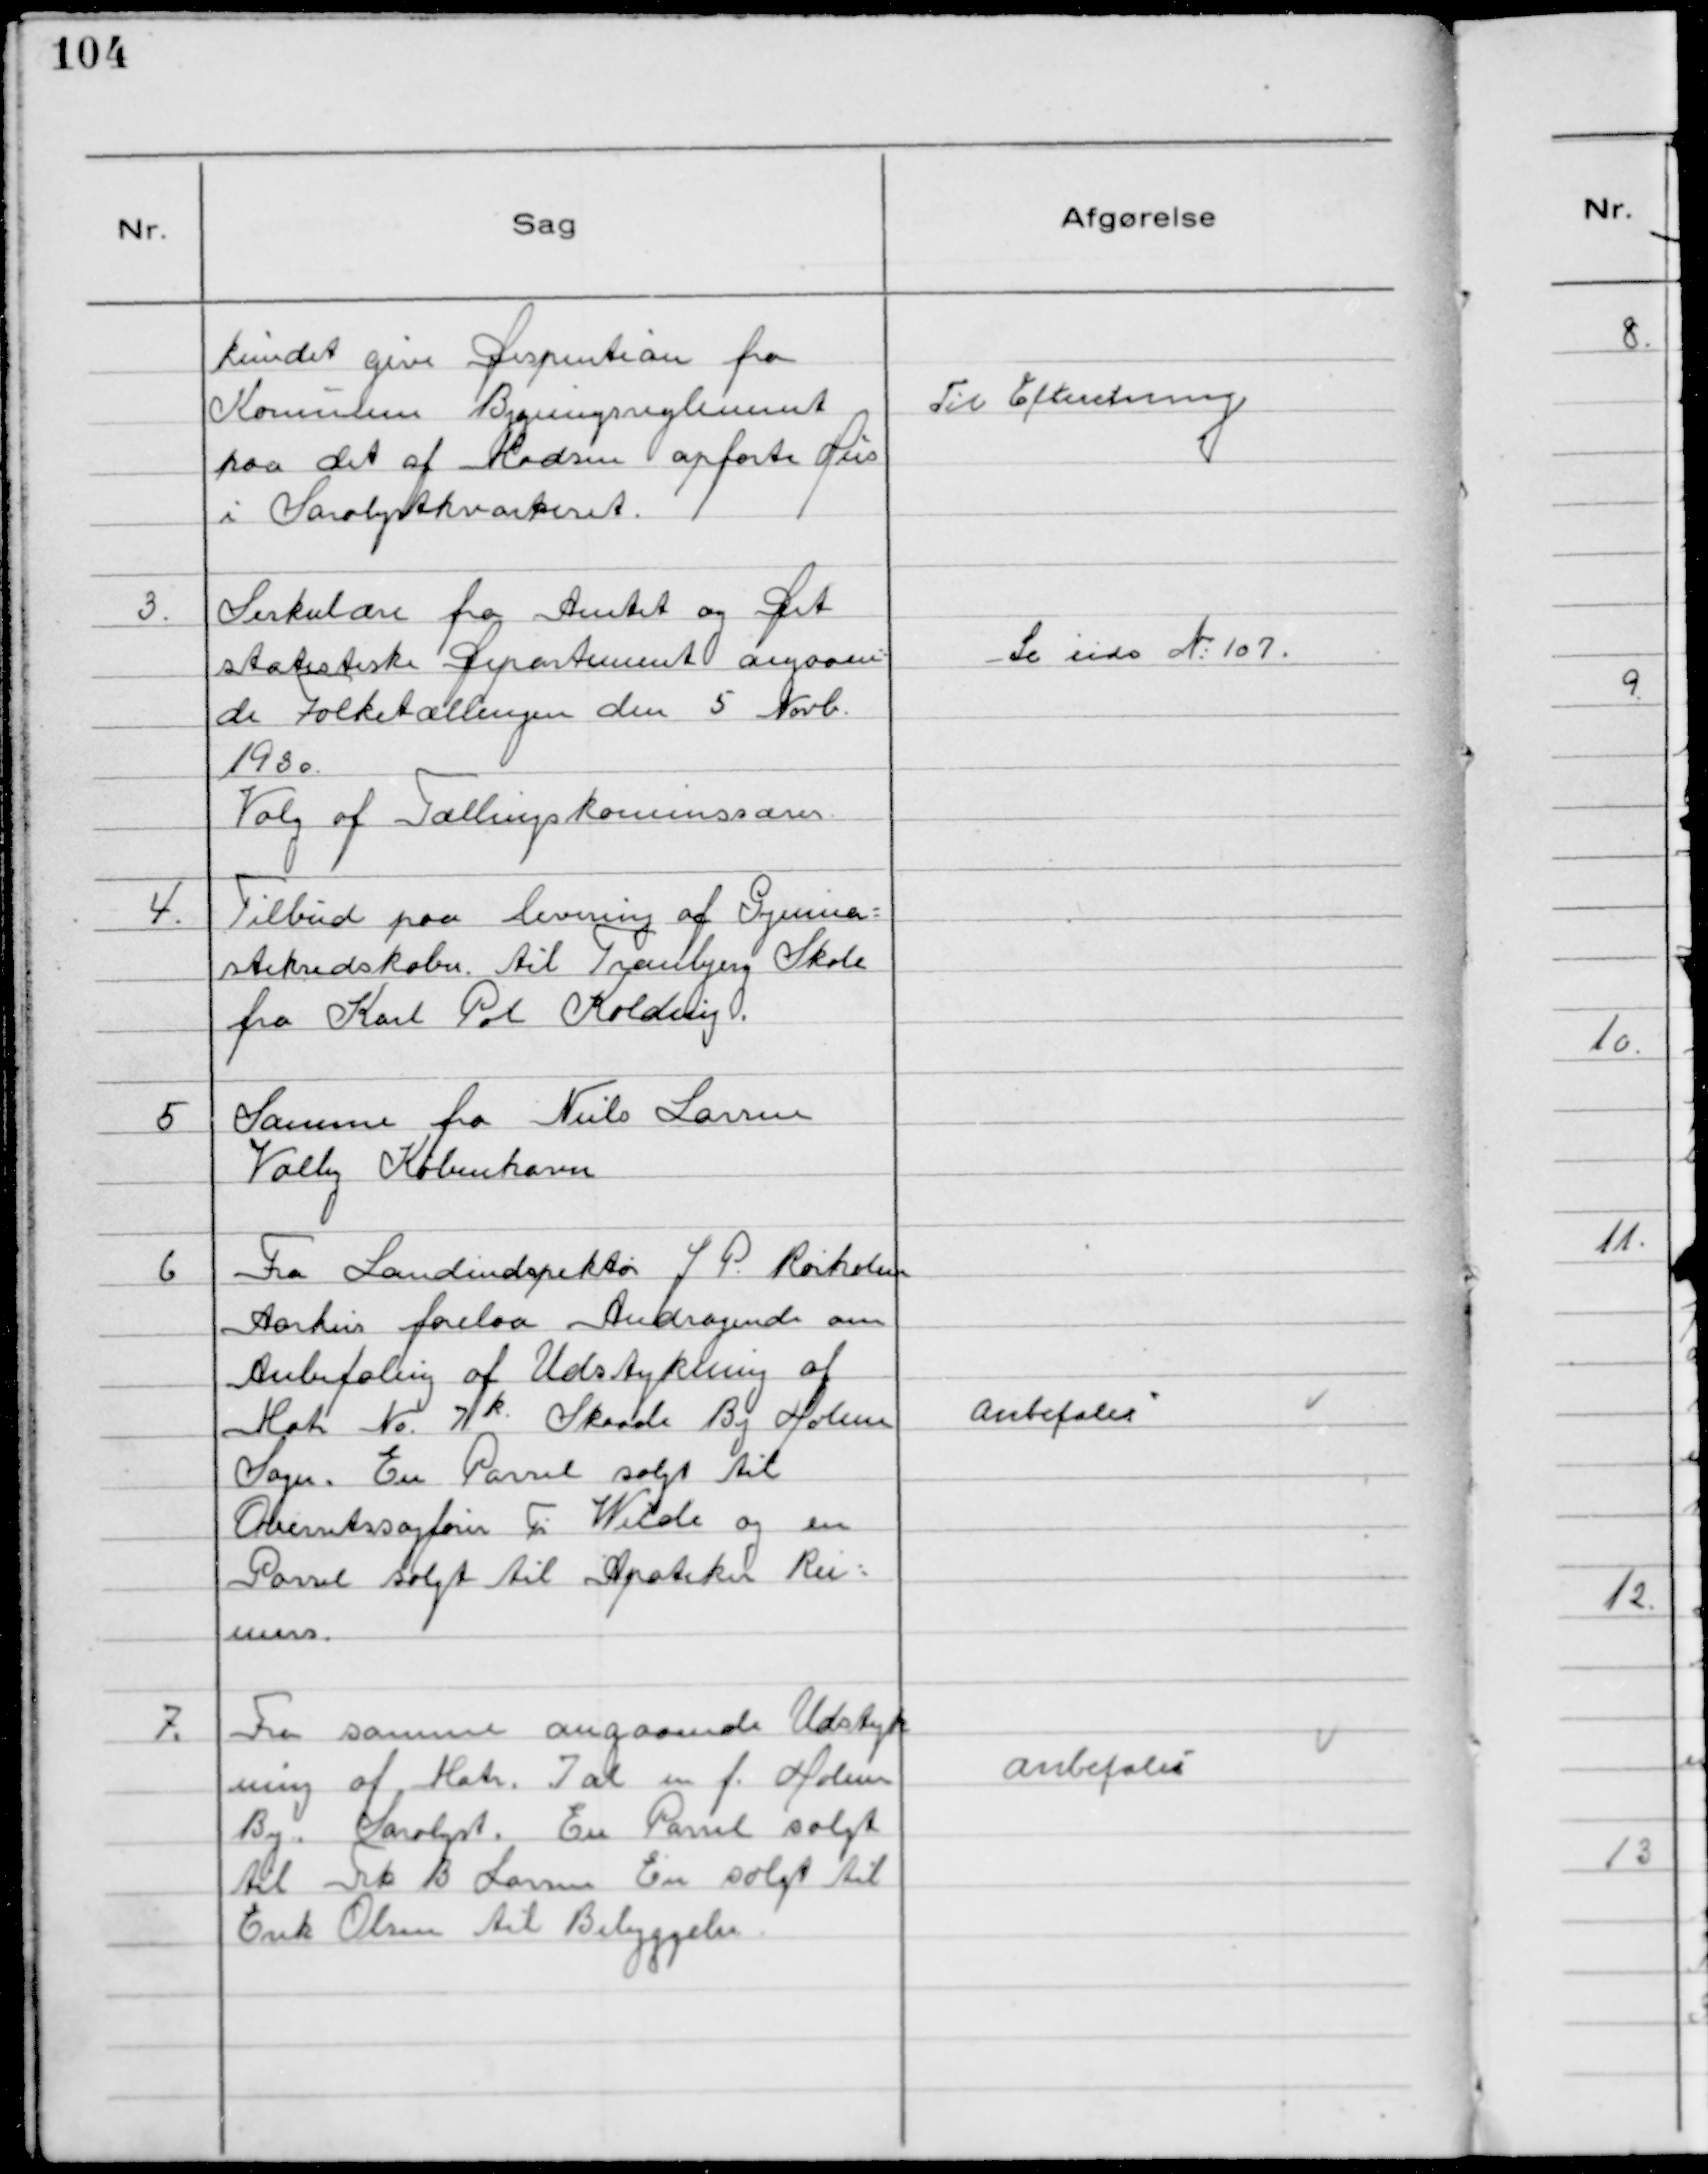
Transskription:
kundet give Dispention fra
Kommunens Bygningsreglement
paa det af Madsen opførte Hus
i Saralystkvarteret.

Til Efteretning

3.
Sirkulære fra Amtet og Det
statistiske Departement angaaen-
de Folketællingen den 5 Novb.
1930.
Valg af Tællingskommisærer.

Se side №107.

4.
Tilbud paa levering af Gymna-
stikredskaber til Tranbjerg Skole
fra Karl Pox Kolding.

5
Samme fra Niels Larsen
Valby København

6
Fra Landindspektør J. P. Rørholm
Aarhus forelaa Andragende om
Anbefaling af Udstykning af
Matr №.7 k. Skaade By Holme
Sogn. En Parsel solgt til
Overretssagfører Fr Wilde og en
Parsel solgt til Apoteker Rei-
mers.

Anbefales

7.
Fra samme angaaende Udstyk
ning af Matr 7 al m f. Holme
By. Saralyst. En Parsel solgt
til Frk B Larsen En solgt til
Erik Olsen til Bebyggelse.

Anbefales